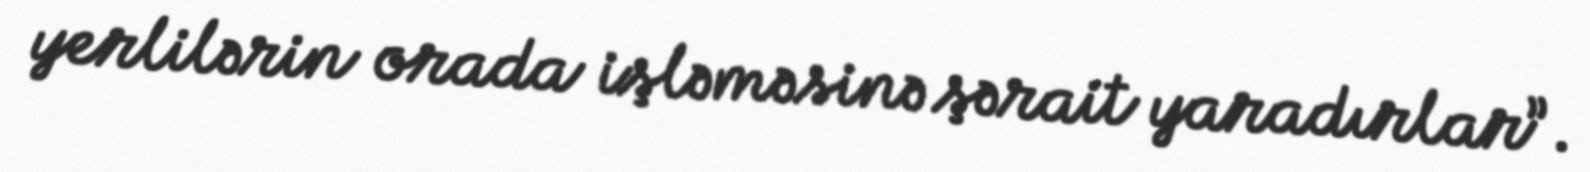
yerlilərin orada işləməsinə şərait yaradırlar”.